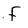
Character: f